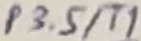
Text: P3.5/T1